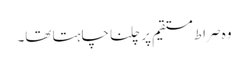
وہ صراط مستقیم پر چلنا چاہتا تھا۔